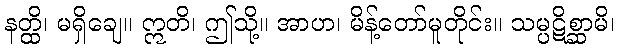
နတ္ထိ၊ မရှိချေ။ ဣတိ၊ ဤသို့။ အာဟ၊ မိန့်တော်မူတိုင်း။ သမ္ပဋိစ္ဆာမိ၊